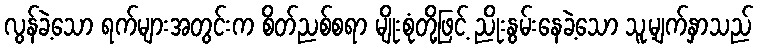
လွန်ခဲ့သော ရက်များအတွင်းက စိတ်ညစ်စရာ မျိုးစုံတို့ဖြင့် ညိုးနွမ်းနေခဲ့သော သူ့မျက်နှာသည်